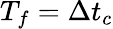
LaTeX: T_{f}=\Delta t_{c}